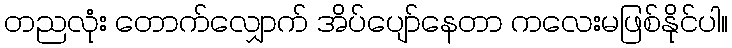
တညလုံး တောက်လျှောက် အိပ်ပျော်နေတာ ကလေးမဖြစ်နိုင်ပါ။